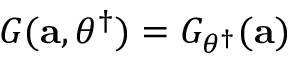
G ( \mathbf { a } , { \theta } ^ { \dagger } ) = G _ { \theta ^ { \dagger } } ( \mathbf { a } )